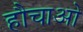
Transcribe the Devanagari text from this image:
हौचाओ